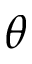
\theta